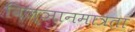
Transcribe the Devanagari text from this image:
विज्ञानमात्रता